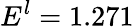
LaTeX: E^{l}=1.271